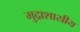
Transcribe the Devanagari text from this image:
मुद्राशास्रीय